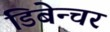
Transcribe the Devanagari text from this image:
डिबेन्‍चर